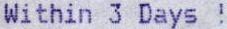
WITHIN 3 DAYS !